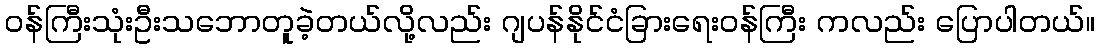
ဝန်ကြီးသုံးဦးသဘောတူခဲ့တယ်လို့လည်း ဂျပန်နိုင်ငံခြားရေးဝန်ကြီး ကလည်း ပြောပါတယ်။